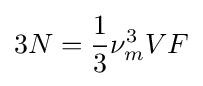
3N={1 \over 3}\nu _{m}^{3}VF